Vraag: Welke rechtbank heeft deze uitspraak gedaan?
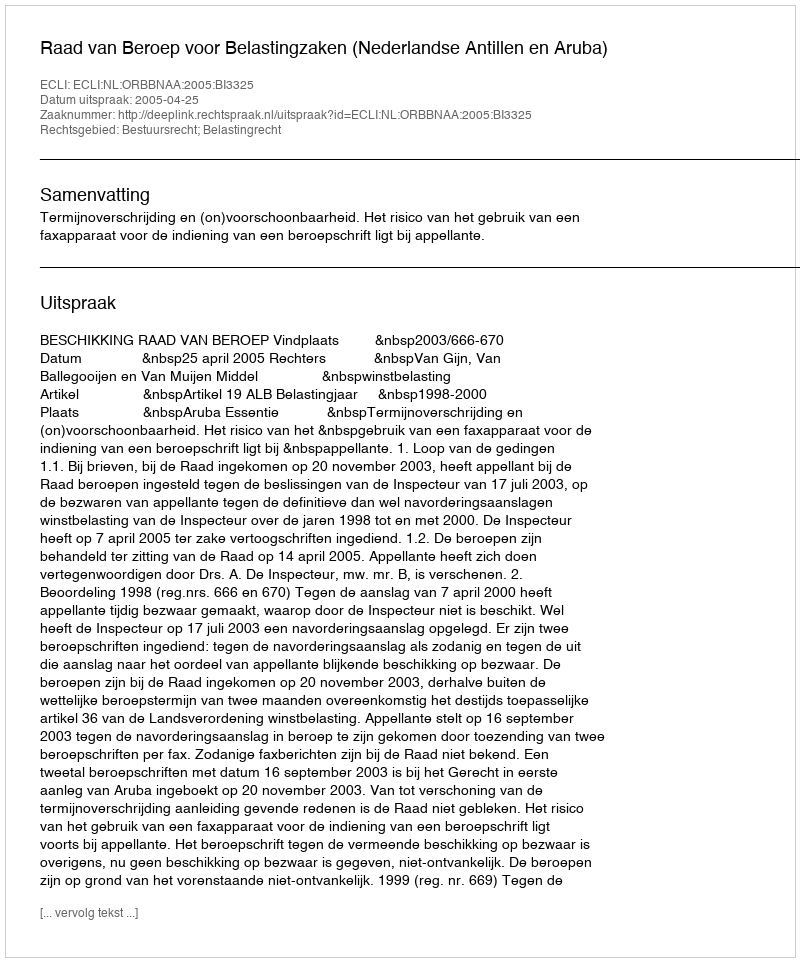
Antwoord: Raad van Beroep voor Belastingzaken (Nederlandse Antillen en Aruba)